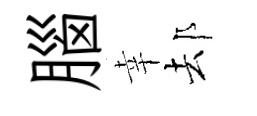
腦幸𨚫